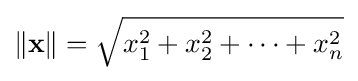
\|\mathbf {x} \|={\sqrt {x_{1}^{2}+x_{2}^{2}+\cdots +x_{n}^{2}}}